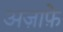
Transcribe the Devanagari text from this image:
अज़ाफ़े